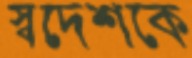
স্বদেশকে